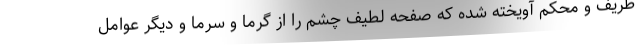
ظریف و محکم آویخته شده که صفحه لطیف چشم را از گرما و سرما و دیگر عوامل